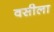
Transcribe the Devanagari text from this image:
वसीला